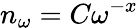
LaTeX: n_{\omega}=C\omega^{-x}